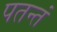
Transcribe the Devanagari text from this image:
पतन्तं